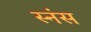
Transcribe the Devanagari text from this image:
स्नंस